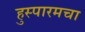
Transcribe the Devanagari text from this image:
हुस्पारमचा